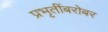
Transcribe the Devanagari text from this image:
प्रभृतींबरोबर